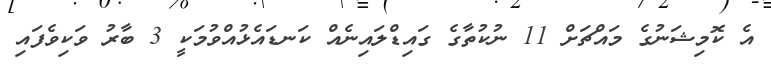
އެ ކޮމިޝަނުގެ މައްޗަށް 11 ނުކުތާގެ ގައިޑްލައިނެއް ކަނޑައެޅުއްވުމަކީ 3 ބާރު ވަކިވެފައި